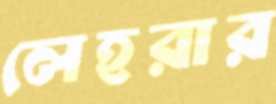
লেহরার